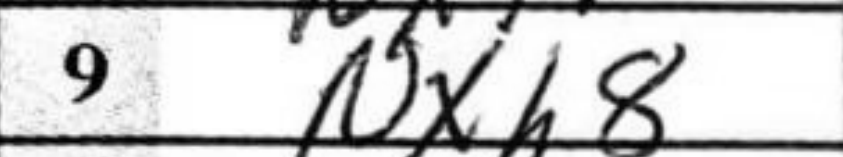
Transcription: Nxh8